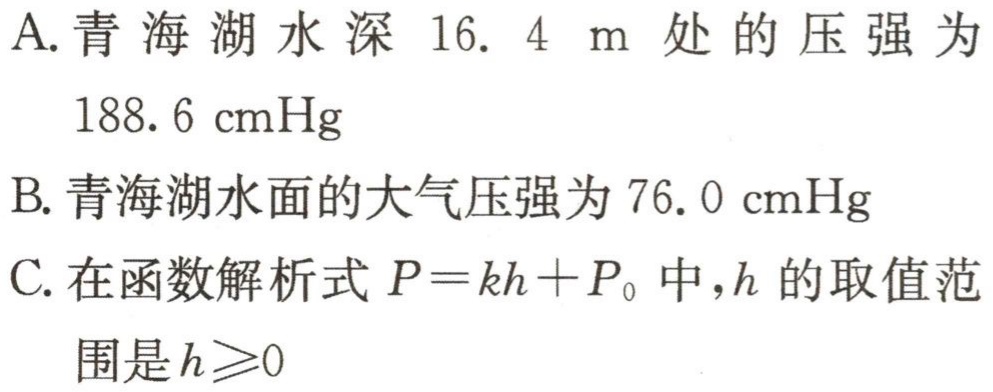
A.青海湖水深16. 4 m处的压强为

188. 6 cmHg

B.青海湖水面的大气压强为76. 0 cmHg

C.在函数解析式$P = kh+P_{0}$中,$h$的取值范

围是$h\geqslant0$